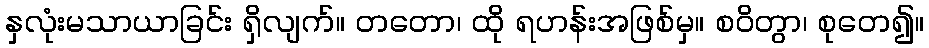
နှလုံးမသာယာခြင်း ရှိလျက်။ တတော၊ ထို ရဟန်းအဖြစ်မှ။ စဝိတွာ၊ စုတေ၍။